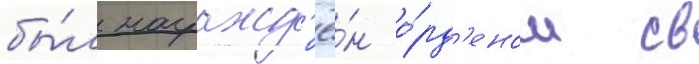
бы́л награжд'ё́н о́рд'еном св